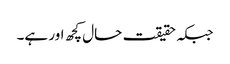
جبکہ حقیقت حال کچھ اور ہے۔